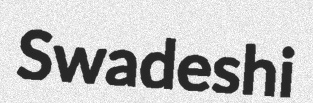
Swadeshi